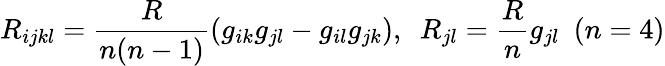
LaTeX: R_{ijkl}=\frac{R}{n(n-1)}(g_{ik}g_{jl}-g_{il}g_{jk}),~~R_{jl}=\frac{R}{n}g_{jl}~~(n=4)